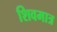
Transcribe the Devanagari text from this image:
शिवमात्र